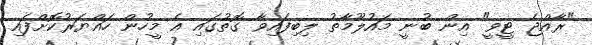
"ރާއްޖެ ޓީވީ" އިން ބުނީ މައުލޫމާތު ލިބިފައިވާ ގޮތުގައި އެ މީހުން ހައްޔަރުކޮށްފައި